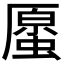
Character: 𧏐